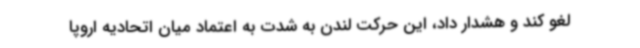
لغو کند و هشدار داد، این حرکت لندن به شدت به اعتماد میان اتحادیه اروپا